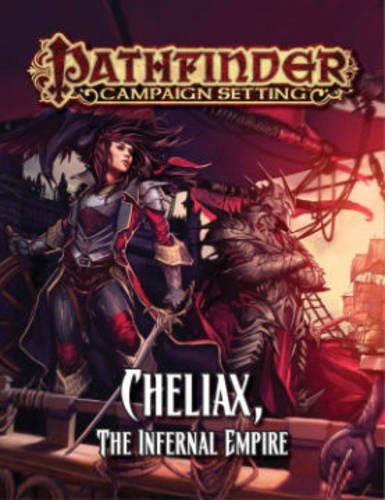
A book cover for Pathfinder Campaign Setting: Cheliax, The Infernal Empire; Paizo Staff; Science Fiction & Fantasy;